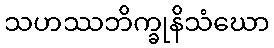
သဟဿဘိက္ခုနိသံဃော